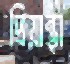
প্রিয়ান্থা